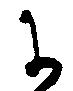
に